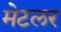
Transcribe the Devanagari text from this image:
मेटलर